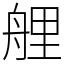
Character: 艃